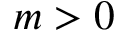
m > 0